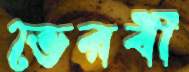
ভৈরবী